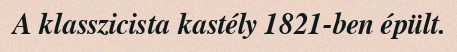
A klasszicista kastély 1821-ben épült.